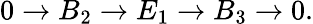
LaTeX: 0\to B_{2}\to E_{1}\to B_{3}\to 0.